Civil Veterinary Dept. Assam report 1927-50 - 1927-1950
Year: 1927
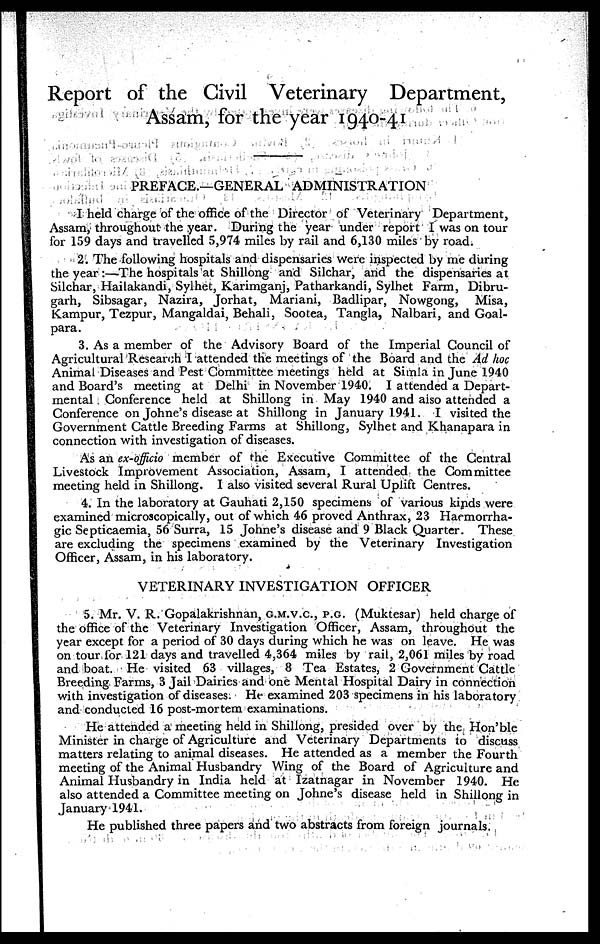
Report of the Civil Veterinary Department,
Assam, for the year 1940-41
PREFACE.—GENERAL ADMINISTRATION
I held charge of the office of the Director of Veterinary Department,
Assam, throughout the year. During the year under report I was on tour
for 159 days and travelled 5,974 miles by rail and 6,130 miles by road.
2. The following hospitals and dispensaries were inspected by me during
the year :—The hospitals at Shillong and Silchar, and the dispensaries at
Silchar, Hailakandi, Sylhet, Karimganj, Patharkandi, Sylhet Farm, Dibru-
garh, Sibsagar, Nazira, Jorhat, Mariani, Badlipar, Nowgong, Misa,
Kampur, Tezpur, Mangaldai, Behali, Sootea, Tangla, Nalbari, and Goal-
para.
3. As a member of the Advisory Board of the Imperial Council of
Agricultural Research I attended the meetings of the Board and the Ad hoc
Animal Diseases and Pest Committee meetings held at Simla in June 1940
and Board's meeting at Delhi in November 1940. I attended a Depart-
mental Conference held at Shillong in May 1940 and also attended a
Conference on Johne's disease at Shillong in January 1941. I visited the
Government Cattle Breeding Farms at Shillong, Sylhet and Khanapara in
connection with investigation of diseases.
As an ex-officio member of the Executive Committee of the Central
Livestock Improvement Association, Assam, I attended the Committee
meeting held in Shillong. I also visited several Rural Uplift Centres.
4. In the laboratory at Gauhati 2,150 specimens of various kinds were
examined microscopically, out of which 46 proved Anthrax, 23 Haemorrha-
gic Septicaemia, 56 Surra, 15 Johne's disease and 9 Black Quarter. These
are excluding the specimens examined by the Veterinary Investigation
Officer, Assam, in his laboratory.
VETERINARY INVESTIGATION OFFICER
5. Mr. V. R. Gopalakrishnan, G.M.V.C., P.G. (Muktesar) held charge of
the office of the Veterinary Investigation Officer, Assam, throughout the
year except for a period of 30 days during which he was on leave. He was
on tour for 121 days and travelled 4,364 miles by rail, 2,061 miles by road
and boat. He visited 63 villages, 8 Tea Estates, 2 Government Cattle
Breeding Farms, 3 Jail Dairies and one Mental Hospital Dairy in connection
with investigation of diseases. He examined 203 specimens in his laboratory
and conducted 16 post-mortem examinations.
He attended a meeting held in Shillong, presided over by the Hon'ble
Minister in charge of Agriculture and Veterinary Departments to discuss
matters relating to animal diseases. He attended as a member the Fourth
meeting of the Animal Husbandry Wing of the Board of Agriculture and
Animal Husbandry in India held at Izatnagar in November 1940. He
also attended a Committee meeting on Johne's disease held in Shillong in
January 1941.
He published three papers and two abstracts from foreign journals.